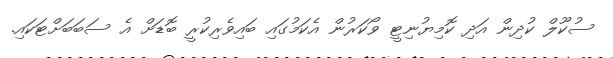
ސުކޫލް ކުދިން އަދި ކޮމިޔުނިޓީ ވޯކަރުން އެކަމުގައި ބައިވެރިކުރީ ބޮޑަށް އެ ސަބަބަށްޓަކައި.